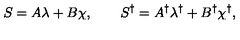
S = A \lambda + B \chi , \qquad S ^ { \dagger } = A ^ { \dagger } \lambda ^ { \dagger } + B ^ { \dagger } \chi ^ { \dagger } ,